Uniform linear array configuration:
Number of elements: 48
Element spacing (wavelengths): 0.25
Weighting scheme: exponential
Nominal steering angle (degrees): -45
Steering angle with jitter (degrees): -45.34
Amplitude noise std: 0.05
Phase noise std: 0.05

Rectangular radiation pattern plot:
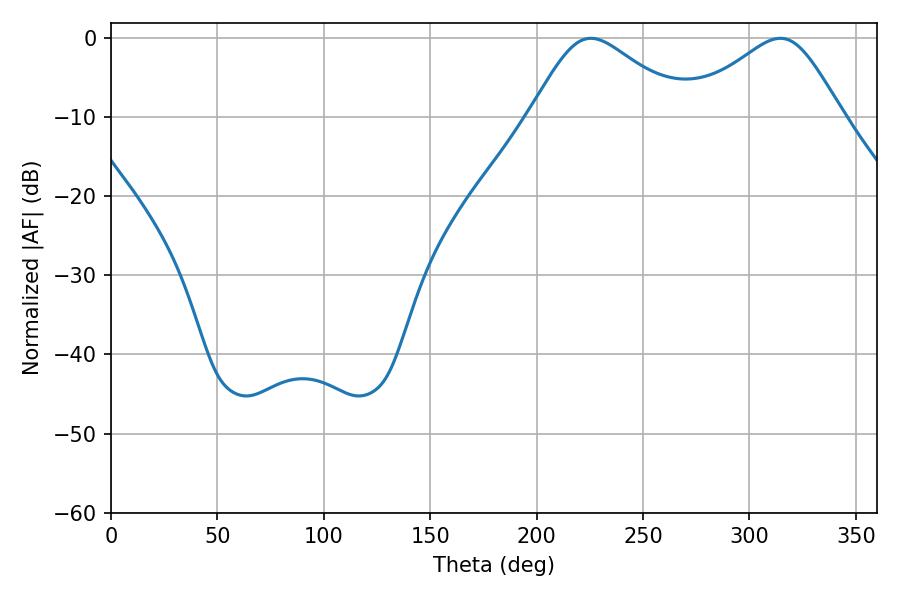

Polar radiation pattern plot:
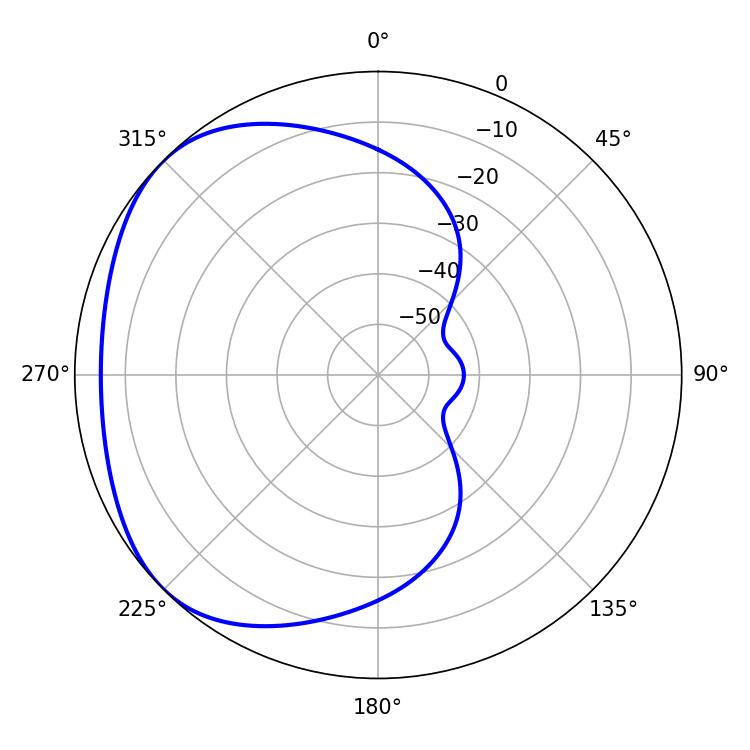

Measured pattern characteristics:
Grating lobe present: FALSE
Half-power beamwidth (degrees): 36
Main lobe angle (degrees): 225.54